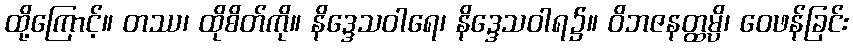
ထို့ကြောင့်။ တဿ၊ ထိုစိတ်ကို။ နိဒ္ဒေသဝါရေ၊ နိဒ္ဒေသဝါရ၌။ ဝိဘဇနတ္ထမ္ပိ၊ ဝေဖန်ခြင်း